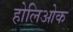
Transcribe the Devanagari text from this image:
होलिओक